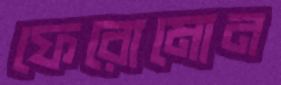
ফেরোমোন